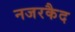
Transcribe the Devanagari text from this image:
नजरकैद